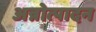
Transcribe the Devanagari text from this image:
अन्नोत्पादन